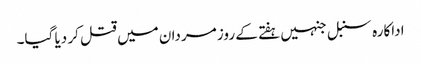
اداکارہ سنبل جنہیں ہفتے کے روز مردان میں قتل کر دیا گیا۔